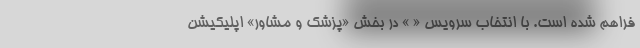
فراهم شده است. با انتخاب سرویس « » در بخش «پزشک و مشاور» اپلیکیشن